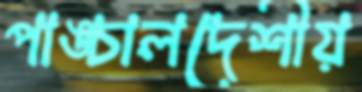
পাঙ্চালদেশীয়